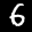
Label: 6